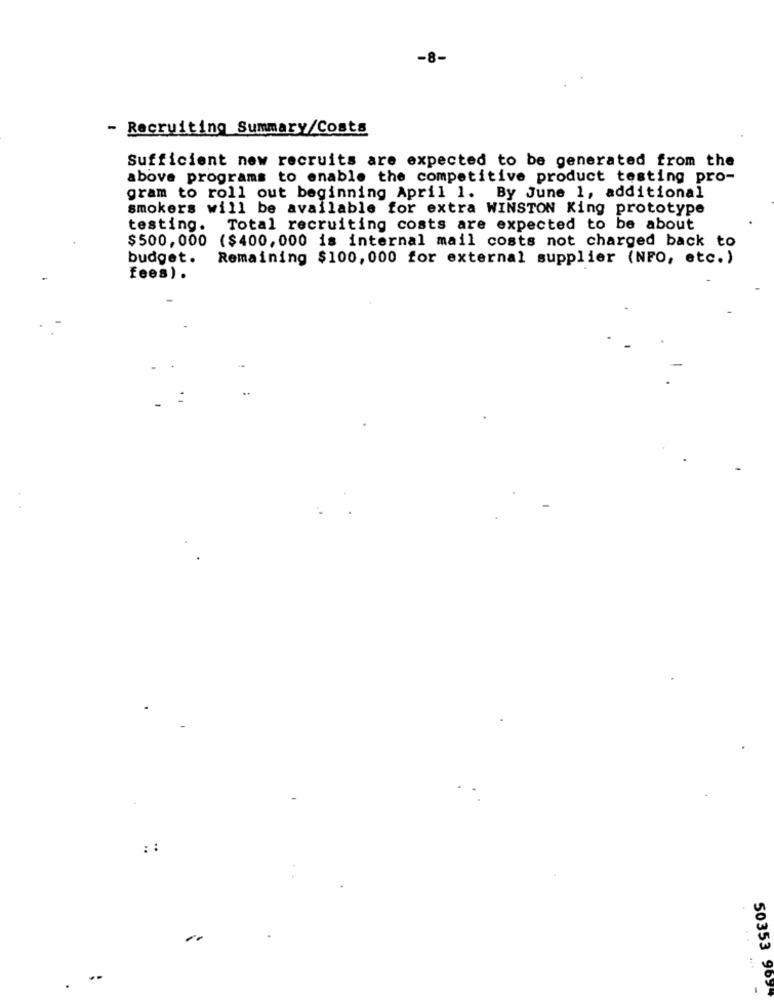
-8-
- Recruiting Summary/Costs
Sufficient new recruits are expected to be generated from the
above programs to enable the competitive product testing pro-
gram to roll out beginning April 1. By June 1, additional
smokers will be available for extra WINSTON King prototype
testing.
Total recruiting costs are expected to be about
$500, 000 ($400, 000 is internal mail costs not charged back to
budget.
Remaining $100, 000 for external supplier (NFO, etc.)
fees) .
:
: :
-
50353 969